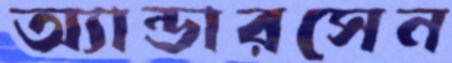
অ্যান্ডারসেন